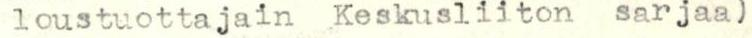
loustuottajain Keskusiiiton sarjaa)